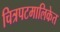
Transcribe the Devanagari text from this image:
चित्रपटमालिकेत